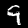
Label: 9